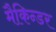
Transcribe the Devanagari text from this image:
मैकिन्डर